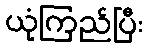
ယုံကြည်ပြီး